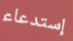
إستدعاء